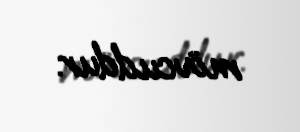
mövcuddur.